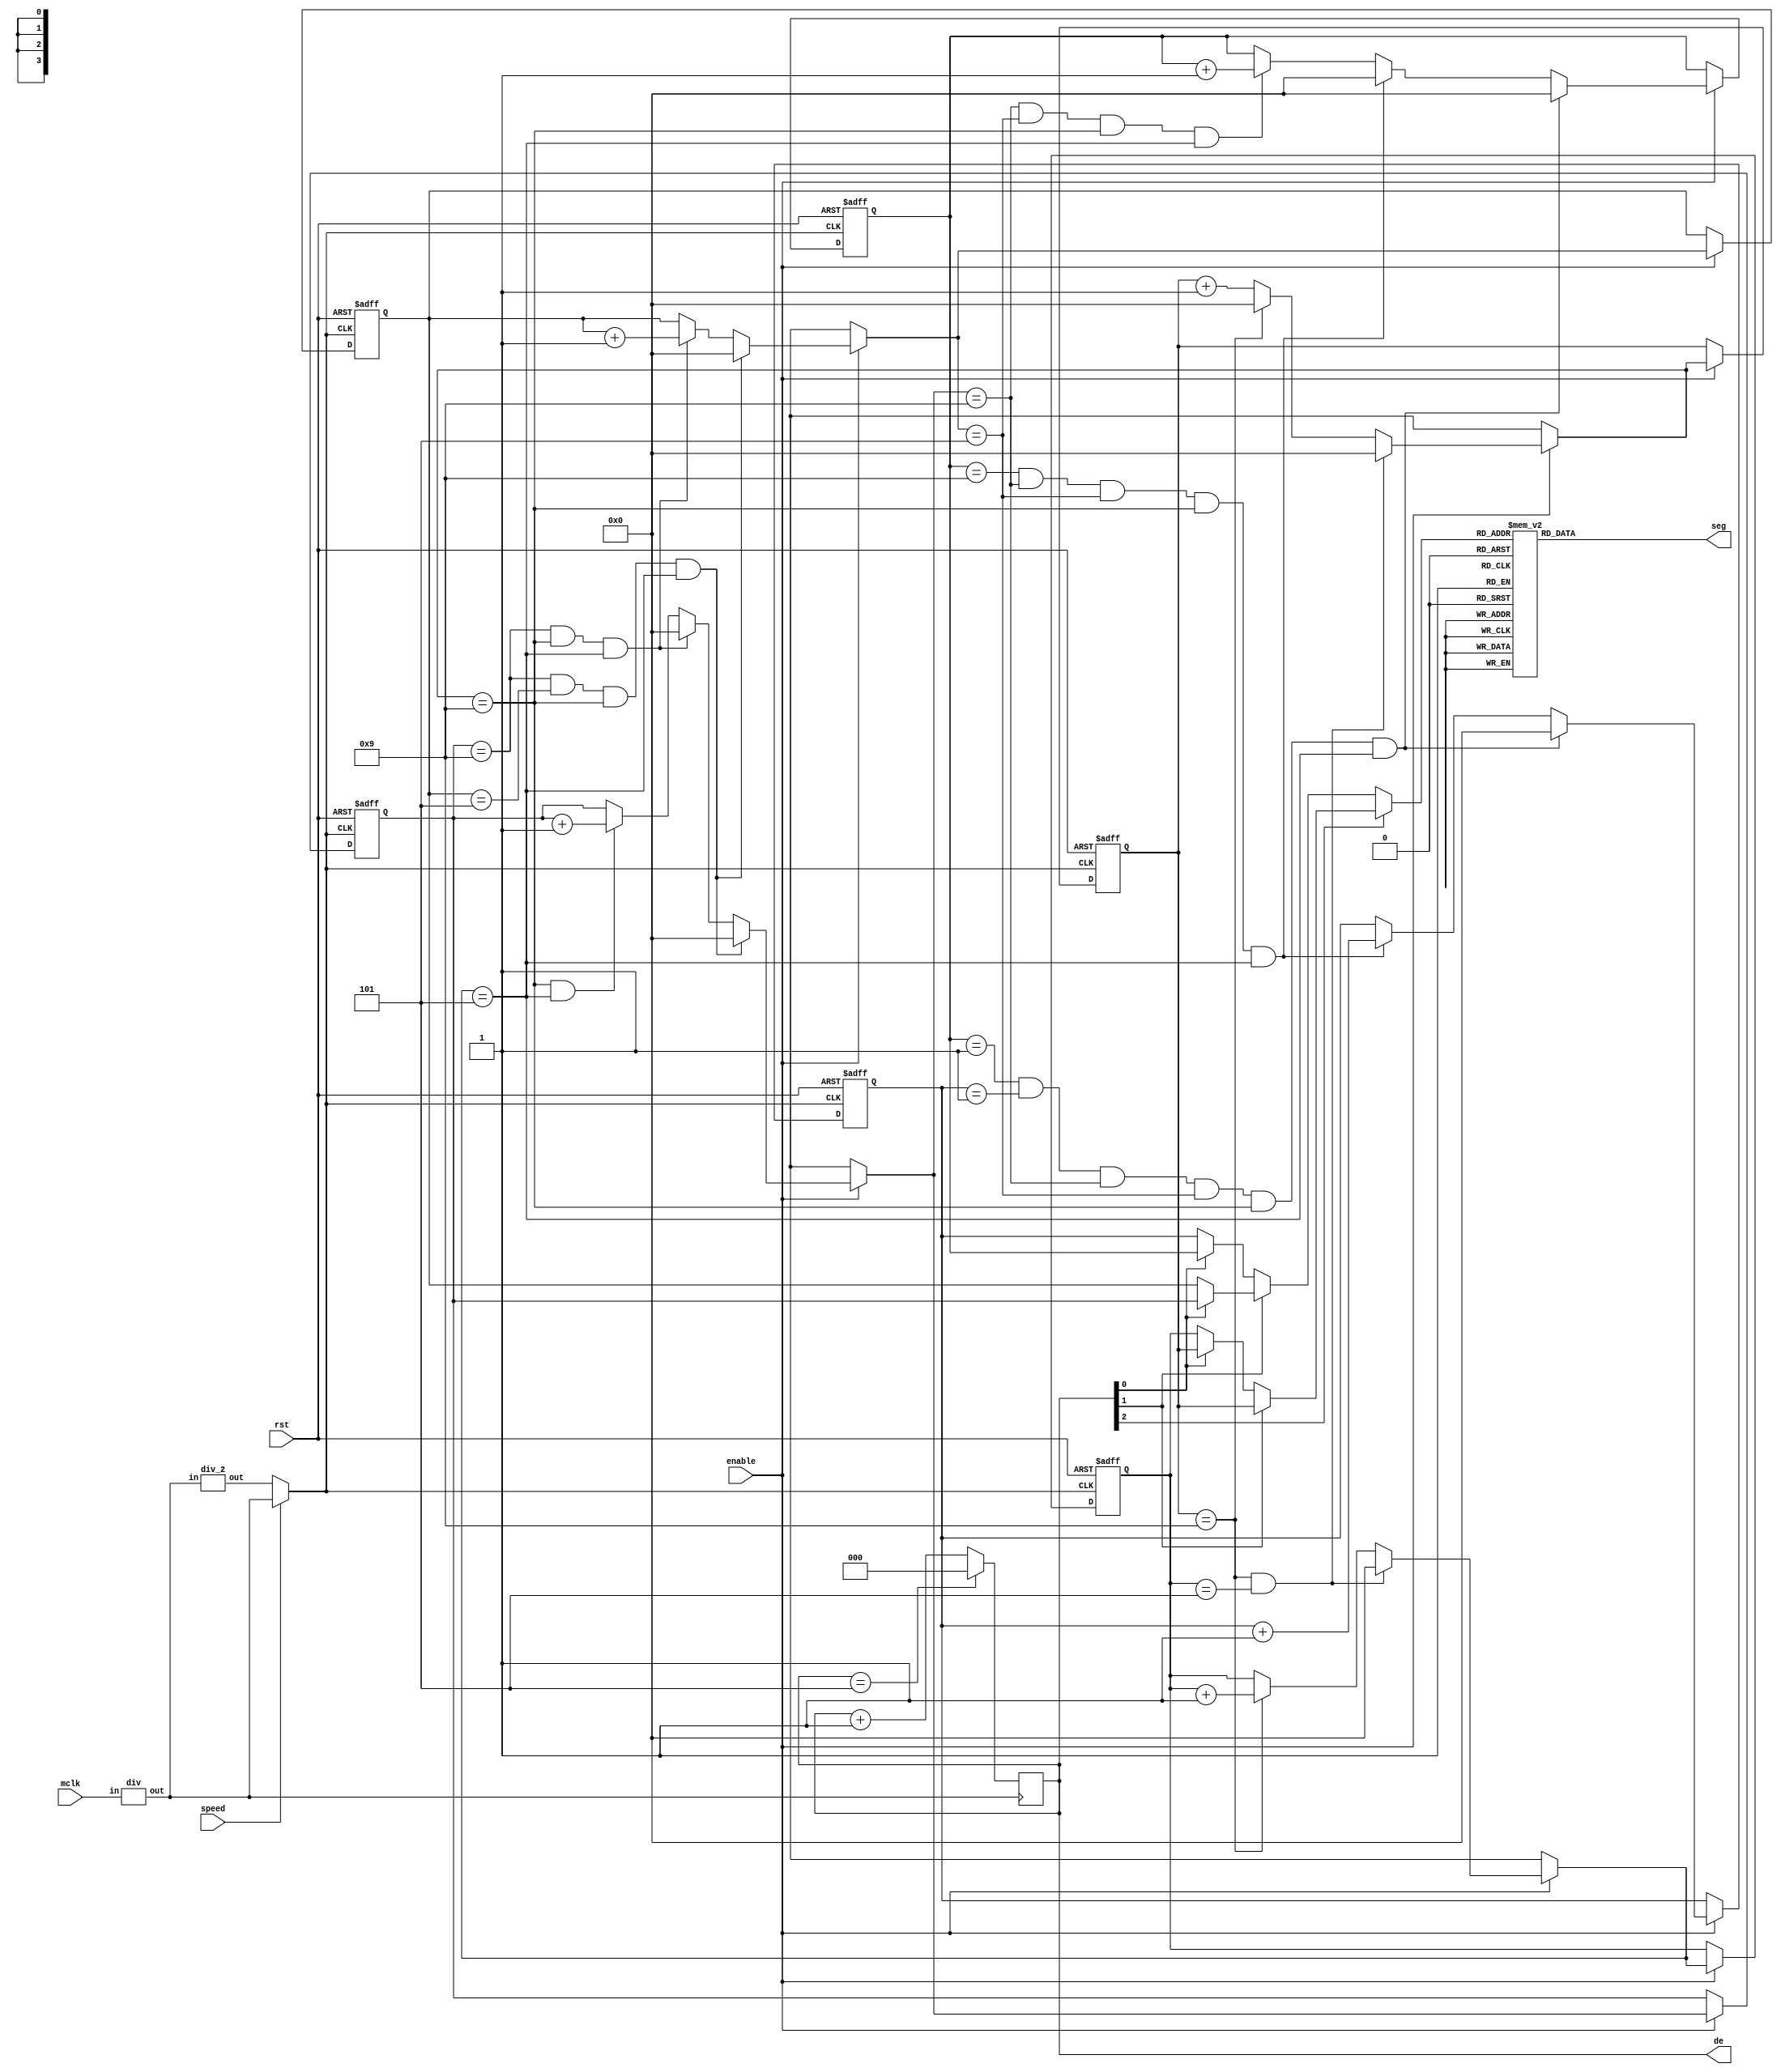
module timer (mclk, enable, speed, rst, seg, de);
	input mclk, enable, speed, rst;
	output reg [2:0]de;
	output reg [6:0]seg;
	reg [3:0] h_1, h_0, m_1, m_0, s_1, s_0;
	wire kclk, de_rst, clk, timer_clk;
	wire [3:0] decode;
	div khz (mclk, kclk);
	debounce d (kclk, rst, de_rst);
	always @ (posedge kclk)
	begin
	if (de == 5)
		de = 0;
	else
		de = de+1;
	end
//	assign h_1 = 0;
//	assign h_0 = 1;
//	assign m_1 = 2;
//	assign m_0 = 3;
//	assign s_1 = 4;
//	assign s_0 = 5;
	div_2 d_2 (kclk, clk);
	assign timer_clk = speed ? kclk : clk;
	always @ (posedge timer_clk or posedge rst)
	begin
	if (rst == 1)
		begin
		h_1 = 0;
		h_0 = 0;
		m_1 = 0;
		m_0 = 0;
		s_1 = 0;
		s_0 = 0;
		end
	else if (enable == 1)
		begin
		if(s_0 == 4'd9 && s_1 == 4'd5)
			begin
			s_1 = 4'd0;
			s_0 = 4'd0;
			end
		else if (s_0 == 4'd9)
			begin
			s_1 = s_1 + 4'd1;
			s_0 = 4'd0;
			end
		else 
			s_0 = s_0 + 4'd1;
        
		if(m_0 == 4'd9 && m_1 == 4'd5 && s_0 == 4'd9 && s_1 == 4'd5)
			begin
			m_1 = 4'd0;
			m_0 = 4'd0;
			end
		else if (m_0 == 4'd9 && s_0 == 4'd9 && s_1 == 4'd5)
			begin
			m_1 = m_1 + 4'd1;
			m_0 = 4'd0;
			end
        else if (s_0 == 4'd9 && s_1 == 4'd5)
            m_0 = m_0 + 4'd1;
			
		if(h_0 == 4'd1 && h_1 == 4'd1 && m_0 == 4'd9 && m_1 == 4'd5 && s_0 == 4'd9 && s_1 == 4'd5)
			begin
			h_1 = 4'd0;
			h_0 = 4'd0;
			end
		else if (h_0 == 9 && m_0 == 4'd9 && m_1 == 4'd5 && s_0 == 4'd9 && s_1 == 4'd5)
			begin 
			h_0 = 4'd0;
			h_1 = h_1 + 4'd1;
			end
        else if (m_0 == 4'd9 && m_1 == 4'd5 && s_0 == 4'd9 && s_1 == 4'd5)
            h_0 = h_0 + 4'd1;
            
		end
	end
	assign decode = de[2]?(de[1]?(de[0]?s_0:s_0):(de[0]?s_0:s_1)):(de[1]?(de[0]?m_0:m_1):(de[0]?h_0:h_1));
	always @(decode)
		case (decode)
			4'd0 : seg = 7'b1111_110;
			4'd1 : seg = 7'b0110_000;
			4'd2 : seg = 7'b1101_101;
			4'd3 : seg = 7'b1111_001;
			4'd4 : seg = 7'b0110_011;
			4'd5 : seg = 7'b1011_011;
			4'd6 : seg = 7'b1011_111;
			4'd7 : seg = 7'b1110_000;
			4'd8 : seg = 7'b1111_111;
			4'd9 : seg = 7'b1111_011;
			default : seg = 7'b0011_111;
		endcase

endmodule

module div(in,out);
	input in;
	output reg out;
	reg [12:0]counter;
	always@(posedge in)
	if (counter==4999)
		begin
		counter<=0;
		out<=~out;
		end
	else
		counter<=counter+1;
endmodule

module div_2(in,out);
	input in;
	output reg out;
	reg [8:0]counter;
	always@(posedge in)
	if (counter == 499)
		begin
		counter<=0;
		out<=~out;
		end
	else
		counter<=counter+1;
endmodule

module debounce(kHz,in,out);
	input kHz,in;
	output out;
	reg [6:0]d;
	always@(posedge kHz)
		begin
		d[6]<=d[5];
		d[5]<=d[4];
		d[4]<=d[3];
		d[3]<=d[2];
		d[2]<=d[1];
		d[1]<=d[0];
		d[0]<=in;
		end
	and(out,d[6],d[5],d[4],d[3],d[2],d[1],d[0]);
endmodule